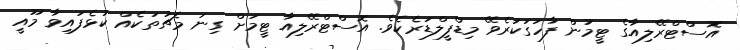
އޮސްޓްރޭލިއާގެ ޓީމުން ފާހަގަކުރެވޭ މިޑްފީލްޑަރެކެވެ. އޮސްޓްރޭލިއާ ޓީމަށް ގިނަ މެޗުތަކެއް ކުޅެފައިވާ މޫއީ